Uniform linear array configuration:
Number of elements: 48
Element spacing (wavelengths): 1
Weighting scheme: cosine
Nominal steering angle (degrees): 0
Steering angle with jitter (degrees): -0.5022
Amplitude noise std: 0.05
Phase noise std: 0.05

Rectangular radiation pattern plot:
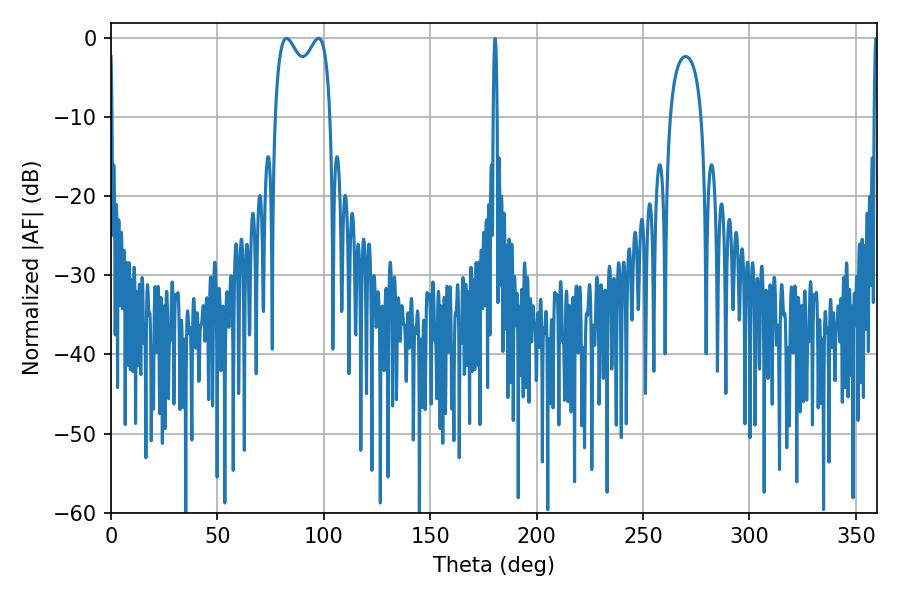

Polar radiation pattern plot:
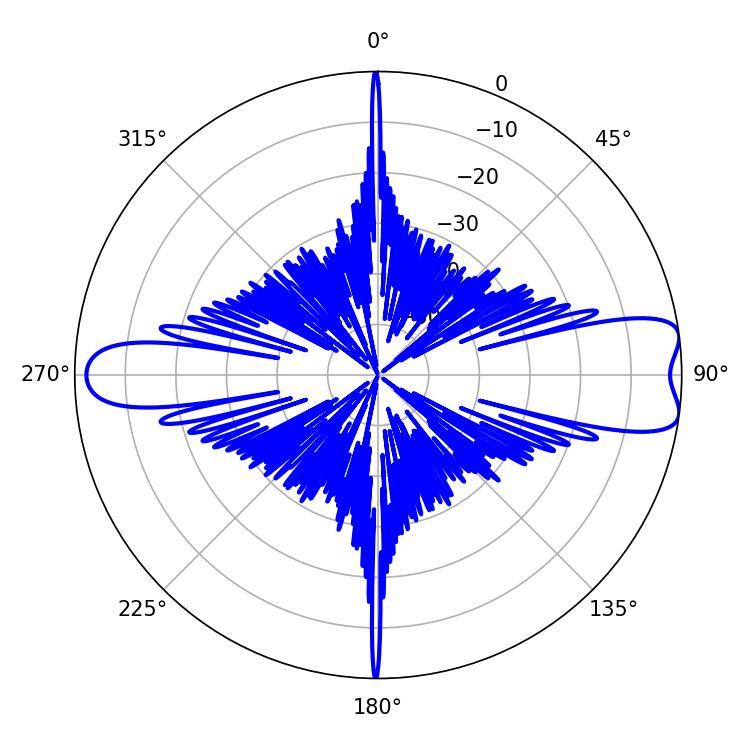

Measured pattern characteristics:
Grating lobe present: TRUE
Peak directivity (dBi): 9.68
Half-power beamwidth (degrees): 21.6
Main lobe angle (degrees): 82.44